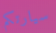
سيارتكم